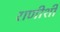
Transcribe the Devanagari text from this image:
राणीशी